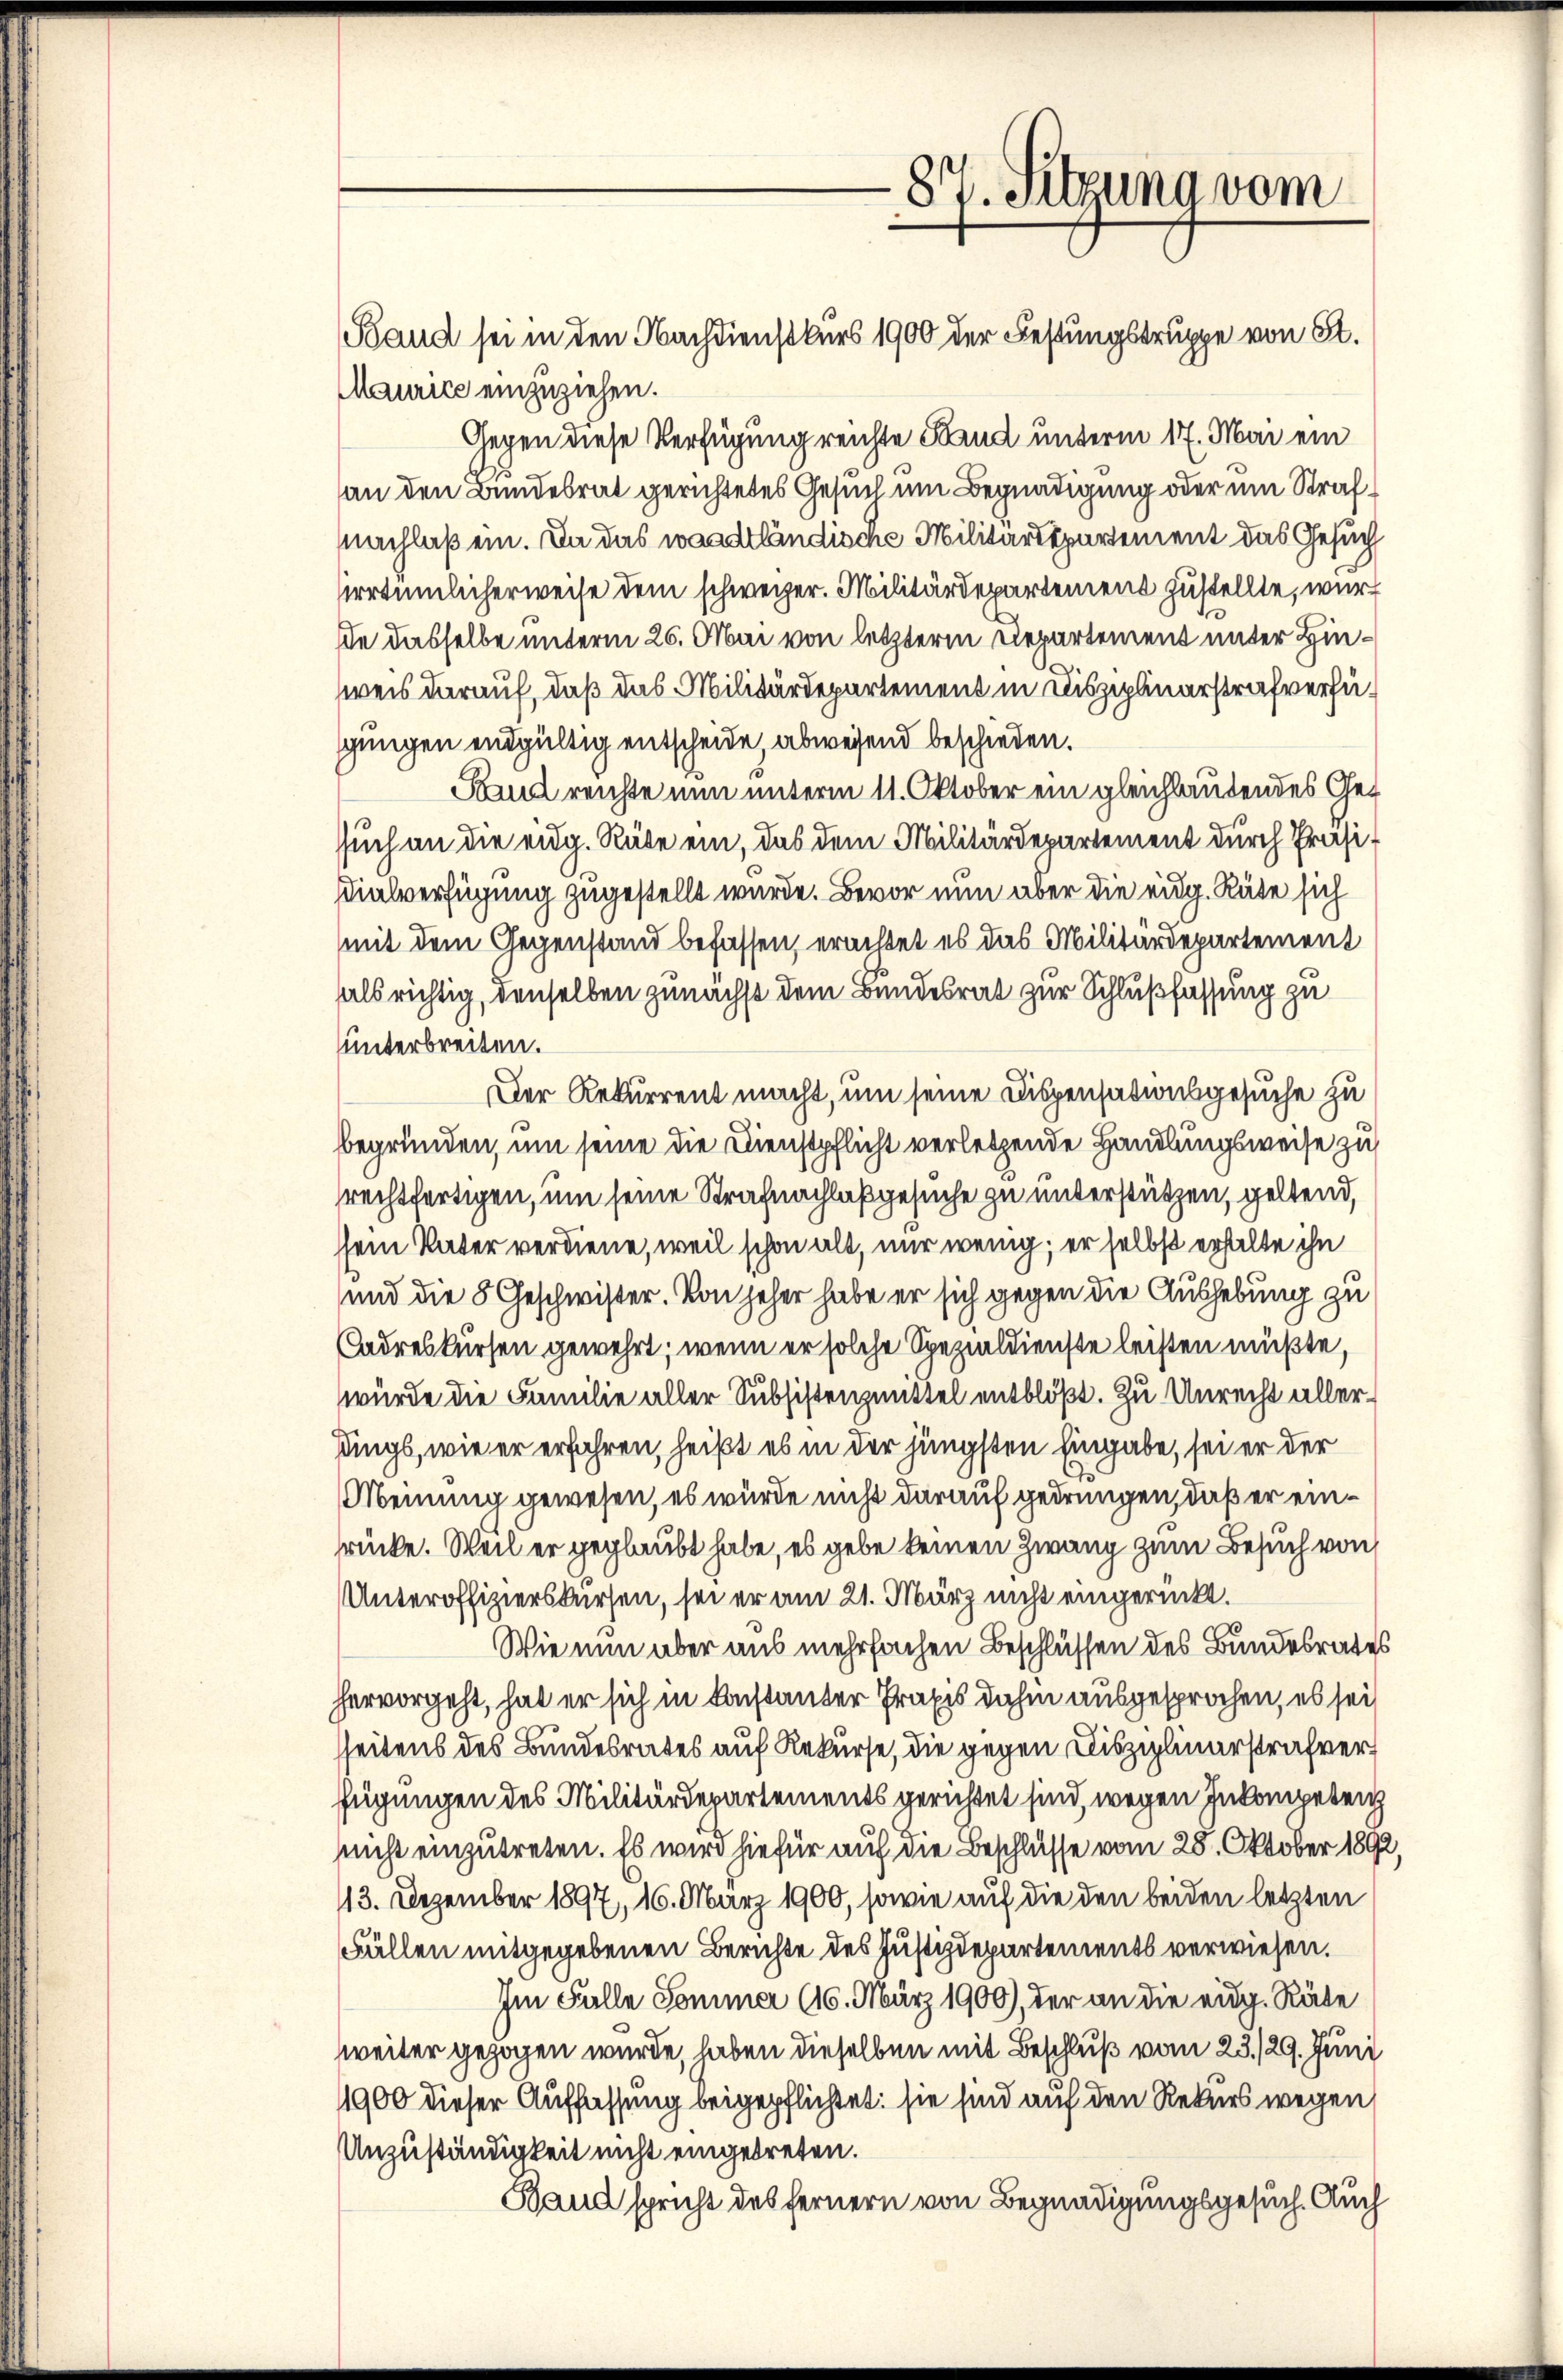
Maurice einzuziehen.

87. Sitzung vom

Gegen diese Verfügung reichte Hand unterm 17. Mai ein
an den Bundesrat gerichtetes Gesuch um Begnadigung oder um Strafnachlaß ein. Da das waadtländische Militärdepartement das Gesuch
irrtümlicherweise dem schweizer. Militärdepartement zustellte, wurd
e dasselbe unterm 26. Mai von letzterm Departement unter Hinweis darauf, daß das Militärdepartement in Disziplinarstrafverfügungen endgültig entscheide, abweisend beschieden.
Stand reichte nun unterm 11. Oktober ein gleichlautendes Gesich an die eidg. Räte ein, das dem Militärdepartement durch Präsidialverfügung zugestellt wurde. Bevor nun aber die eidg. Räte sich
mit dem Gegenstand befassen, erachtet es das Militärdepartement
als richtig, denselben zunächst dem Bundesrat zur Schlußfassung zu
unterbreiten.
Der Rekurrent macht, um seine Dispensationsgesuche zu
begründen, um seine die Dienstpflicht verletzende Handlungsweise zu
rechtfertigen, um seine Strafnachlaß gesuche zu unterstützen, geltend,
sein Vater verdiene, weil schon alt, nur wenig; er selbst erhalte ihn
und die 8 Geschwister. Von jeher habe er sich gegen die Aushebung zu
Cadreskursen gewehrt; wenn er solche Spezialdienste leisten müßte,
würde die Familie aller Subsistenzmittel entblößt. Zu Unrecht allerdings, wie er erfahren, heißt es in der jüngsten Eingabe, sei er der
Meinung gewesen, es würde nicht darauf gedrungen, daß er einrücke. Weil er geglaubt habe, es gebe keinen Zwang zum Besuch von
Unteroffizierskursen, sei er am 21. März nicht eingerückt.
Wie nun aber aus mehrfachen Beschlüssen des Bundesrates
hervorgeht, hat er sich in konstanter Praxis dahin ausgesprochen, es sei
seitens des Bundesrates auf Rekurse, die gegen Disziplinarstrafver
nigungen des Militärdepartements gerichtet sind, wegen Inkompetenz
nnicht einzutreten. Es wird hiefür auf die Beschlüsse vom 28. Oktober 1892,
13. Dezember 1897, 16. März 1900, sowie auf die den beiden letzten
Fällen mitgegebenen Berichte des Justizdepartements verwiesen.
Im Falle Sommer (16. März 1900), der an die eidg. Räte
weiter gezogen wurde, haben dieselben mit Beschluß vom 23./29. Juni
1900 dieser Auffassung beigepflichtet: sie sind auf den Rekurs wegen
Unzuständigkeit nicht eingetreten.
Band spricht des fernern von Begnadigungsgesuch. Auch

Band sei in den Nachdienstkurs 1900 der Festungstruppe von St.